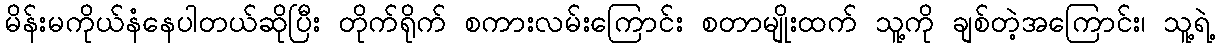
မိန်းမကိုယ်နံနေပါတယ်ဆိုပြီး တိုက်ရိုက် စကားလမ်းကြောင်း စတာမျိုးထက် သူ့ကို ချစ်တဲ့အကြောင်း၊ သူ့ရဲ့